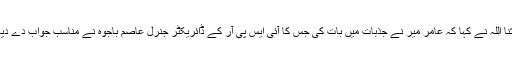
رانا ثنا اللہ نے کہا کہ عامر میر نے جذبات میں بات کی جس کا آئی ایس پی آر کے ڈائریکٹر جنرل عاصم باجوہ نے مناسب جواب دے دیا تھا۔